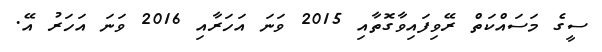
ސީގެ މަސައްކަތް ރޭވިފައިވާގޮތާއި 2015 ވަނަ އަހަރާއި 2016 ވަނަ އަހަރު އޭ.